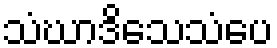
သံဃာဒိသေသံပေ